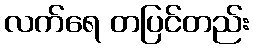
လက်ရေ တပြင်တည်း